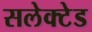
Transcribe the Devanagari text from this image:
सलेक्टेड